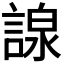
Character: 𧪒